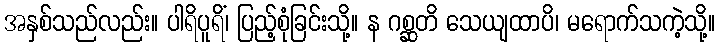
အနှစ်သည်လည်း။ ပါရိပူရိံ၊ ပြည့်စုံခြင်းသို့။ န ဂစ္ဆတိ သေယျထာပိ၊ မရောက်သကဲ့သို့။